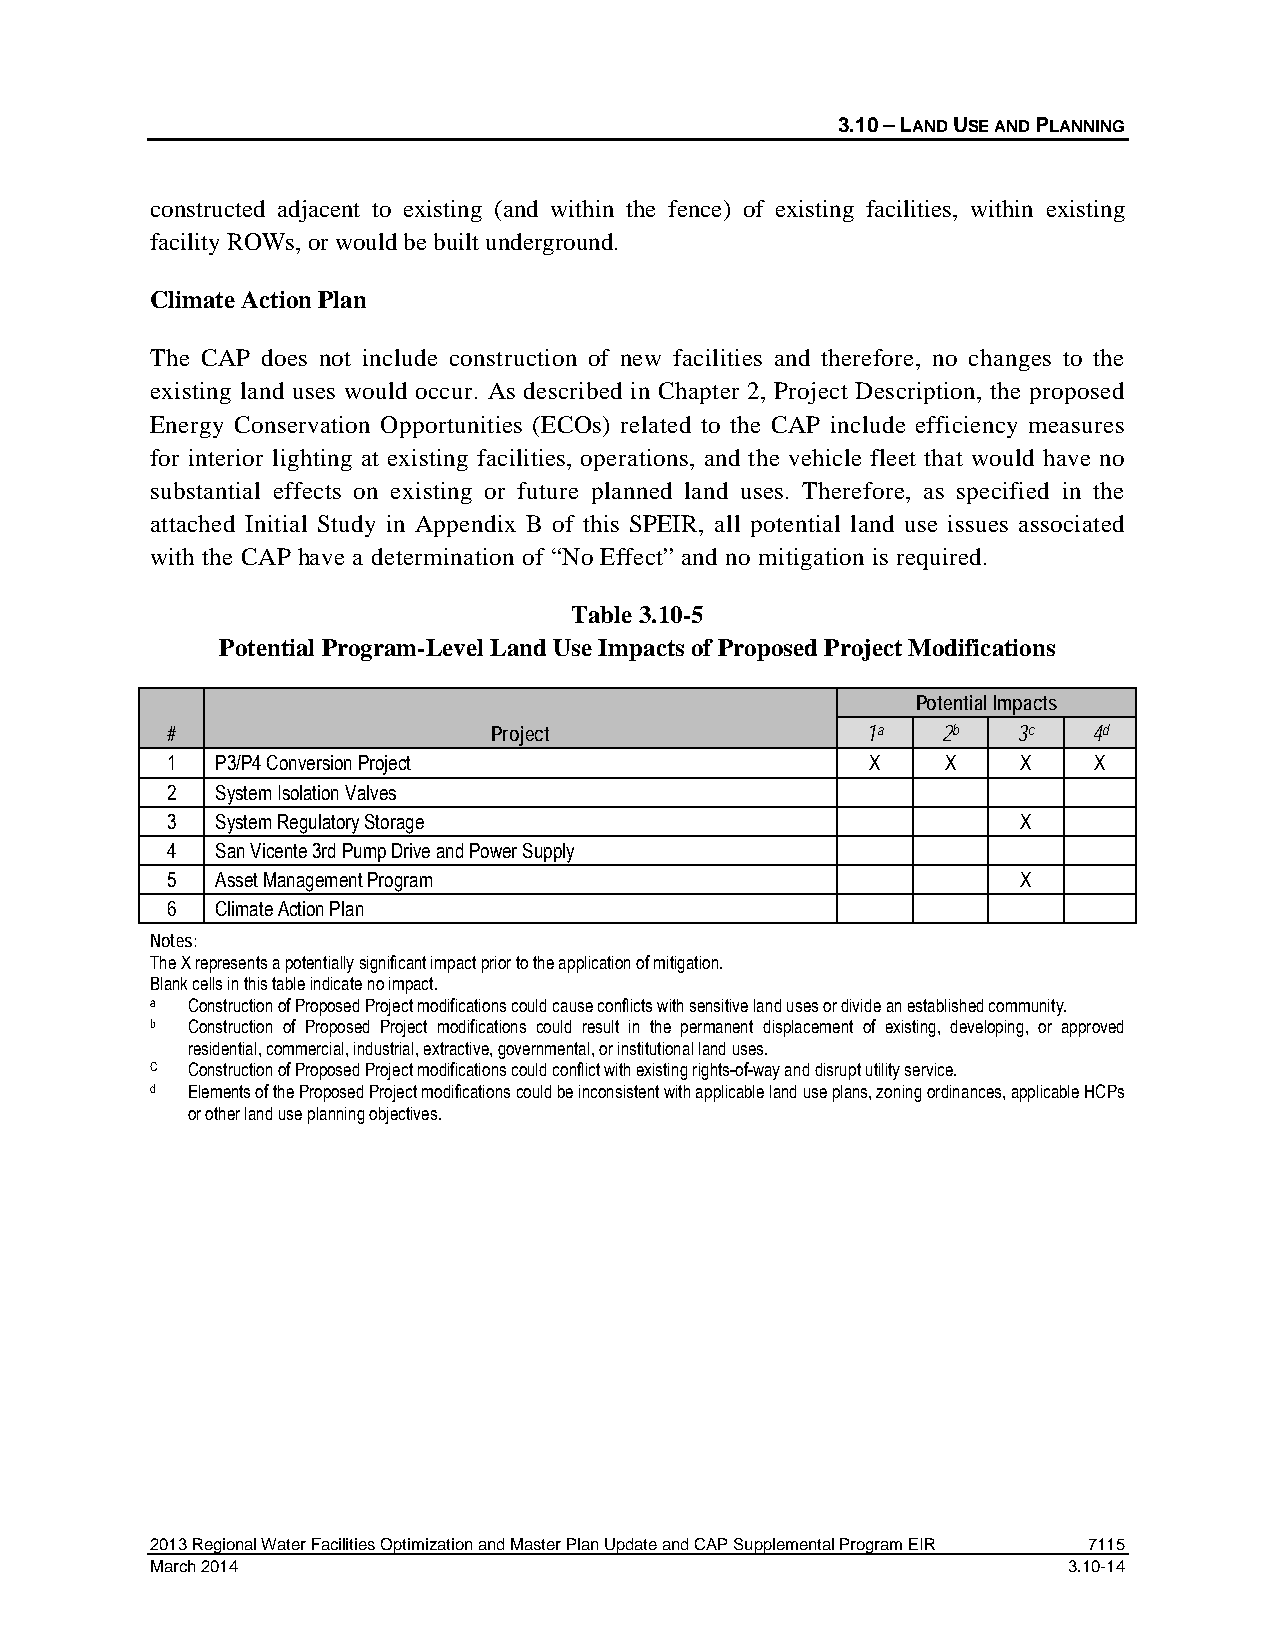
3.10 – LAND USE AND PLANNING
 constructed adjacent to existing (and within the fence) of existing facilities, within existing
 facility ROWs, or would be built underground.
 Climate Action Plan
 The CAP does not include construction of new facilities and therefore, no changes to the
 existing land uses would occur. As described in Chapter 2, Project Description, the proposed
 Energy Conservation Opportunities (ECOs) related to the CAP include efficiency measures
 for interior lighting at existing facilities, operations, and the vehicle fleet that would have no
 substantial effects on existing or future planned land uses. Therefore, as specified in the
 attached Initial Study in Appendix B of this SPEIR, all potential land use issues associated
 with the CAP have a determination of “No Effect” and no mitigation is required.
 Table 3.10-5
 Potential Program-Level Land Use Impacts of Proposed Project Modifications
 Potential Impacts
 #                     Project                 1a   2b   3c   4d
 1  P3/P4 Conversion Project                    X    X    X   X
 2  System Isolation Valves
 3  System Regulatory Storage                             X
 4  San Vicente 3rd Pump Drive and Power Supply
 5  Asset Management Program                              X
 6  Climate Action Plan
 Notes:
 The X represents a potentially significant impact prior to the application of mitigation.
 Blank cells in this table indicate no impact.
 a Construction of Proposed Project modifications could cause conflicts with sensitive land uses or divide an established community.
 b Construction of Proposed Project modifications could result in the permanent displacement of existing, developing, or approved
 residential, commercial, industrial, extractive, governmental, or institutional land uses.
 C Construction of Proposed Project modifications could conflict with existing rights-of-way and disrupt utility service.
 d Elements of the Proposed Project modifications could be inconsistent with applicable land use plans, zoning ordinances, applicable HCPs
 or other land use planning objectives.
 2013 Regional Water Facilities Optimization and Master Plan Update and CAP Supplemental Program EIR 7115
 March 2014                                                   3.10-14